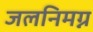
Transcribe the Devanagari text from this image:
जलनिमग्न